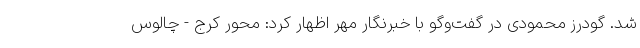
شد. گودرز محمودی در گفت‌وگو با خبرنگار مهر اظهار کرد: محور کرج - چالوس